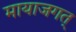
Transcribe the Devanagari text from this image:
मायाजगत्